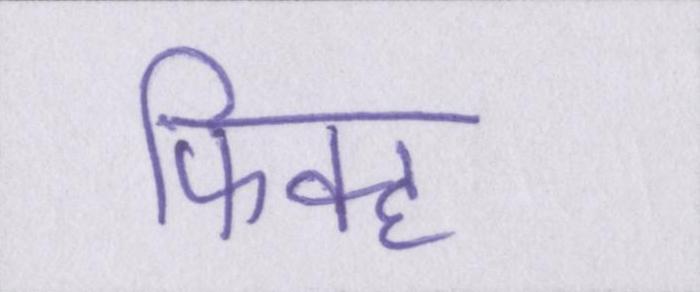
फिक्ह